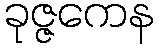
ခုဇ္ဇကေန